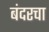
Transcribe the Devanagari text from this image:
बंदरचा